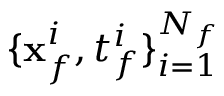
\{ \mathbf { x } _ { f } ^ { i } , t _ { f } ^ { i } \} _ { i = 1 } ^ { N _ { f } }